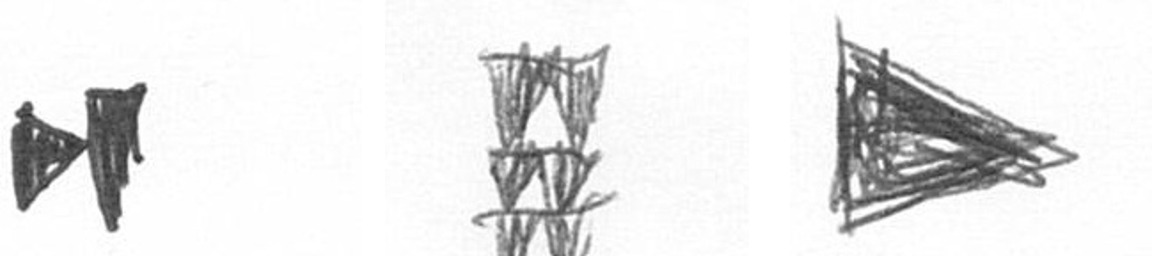
M Y T